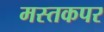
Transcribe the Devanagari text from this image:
मस्तकपर